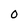
Character: 0